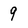
Character: 9